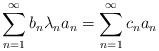
LaTeX: \begin{align*}\sum_{n=1}^\infty b_n\lambda_na_n=\sum_{n=1}^\infty c_na_n\end{align*}